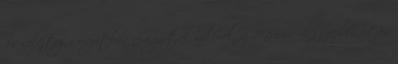
14 selejtezősorozatban nem jártak sikerrel, az 1986-os vb-szereplés után